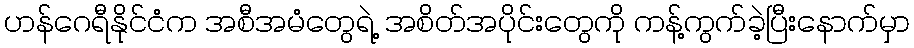
ဟန်ဂေရီနိုင်ငံက အစီအမံတွေရဲ့ အစိတ်အပိုင်းတွေကို ကန့်ကွက်ခဲ့ပြီးနောက်မှာ